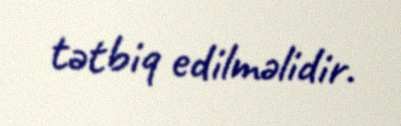
tətbiq edilməlidir.